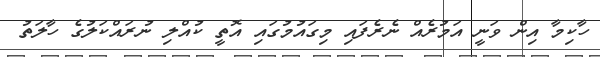
ހާކިމާ އިން ވަނީ އަމުރެއް ނެރެފައި މިގައުމުގައި އޮތީ ކުއްލި ނުރައްކަލުގެ ހާލަތު